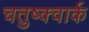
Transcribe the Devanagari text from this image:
चतुष्क्वार्क